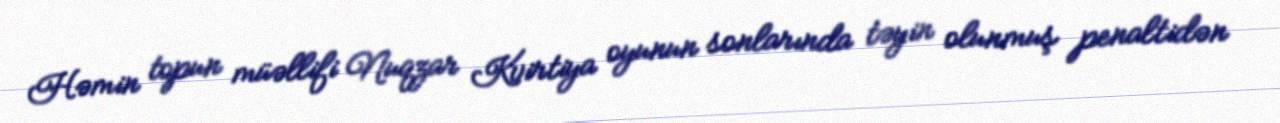
Həmin topun müəllifi Nuqzar Kvirtiya oyunun sonlarında təyin olunmuş penaltidən